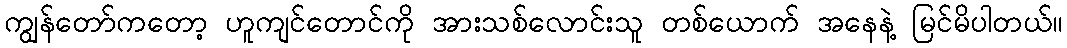
ကျွန်တော်ကတော့ ဟူကျင်တောင်ကို အားသစ်လောင်းသူ တစ်ယောက် အနေနဲ့ မြင်မိပါတယ်။